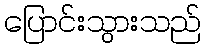
ပြောင်းသွားသည်